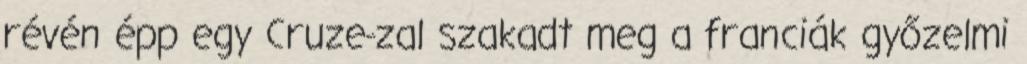
révén épp egy Cruze-zal szakadt meg a franciák győzelmi